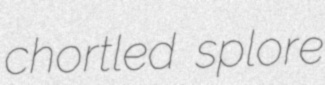
chortled splore